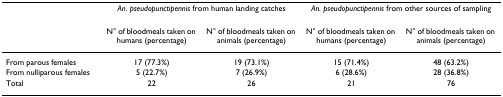
<table><thead><tr><td></td><td colspan="2"><b><i>An. pseudopunctipennis </i>from human landing catches</b></td><td colspan="2"><b><i>An. pseudopunctipennis </i>from other sources of sampling</b></td></tr><tr><td></td><td><b>N° of bloodmeals taken on humans (percentage)</b></td><td><b>N° of bloodmeals taken on animals (percentage)</b></td><td><b>N° of bloodmeals taken on humans (percentage)</b></td><td><b>N° of bloodmeals taken on animals (percentage)</b></td></tr></thead><tbody><tr><td>From parous females</td><td>17 (77.3%)</td><td>19 (73.1%)</td><td>15 (71.4%)</td><td>48 (63.2%)</td></tr><tr><td>From nulliparous females</td><td>5 (22.7%)</td><td>7 (26.9%)</td><td>6 (28.6%)</td><td>28 (36.8%)</td></tr><tr><td>Total</td><td>22</td><td>26</td><td>21</td><td>76</td></tr></tbody></table>